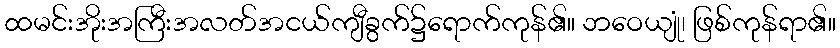
ထမင်းအိုးအကြီးအလတ်အငယ်ကျီခွက်၌ရောက်ကုန်၏။ ဘဝေယျုံ၊ ဖြစ်ကုန်ရာ၏။